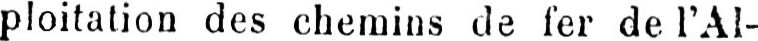
ploitation des chemins de fer de l’Al-